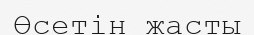
Өсетін жасты